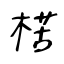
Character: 楛